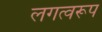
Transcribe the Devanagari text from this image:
लगत्वरूप